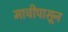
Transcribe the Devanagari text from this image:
माचीपासून